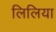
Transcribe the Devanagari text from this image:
लिलिया